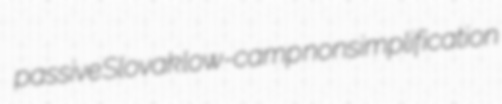
passive Slovak low-camp nonsimplification